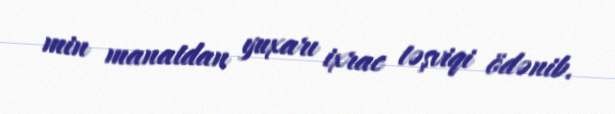
min manatdan yuxarı ixrac təşviqi ödənib.